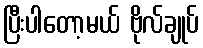
ပြီးပါတော့မယ် ဗိုလ်ချုပ်